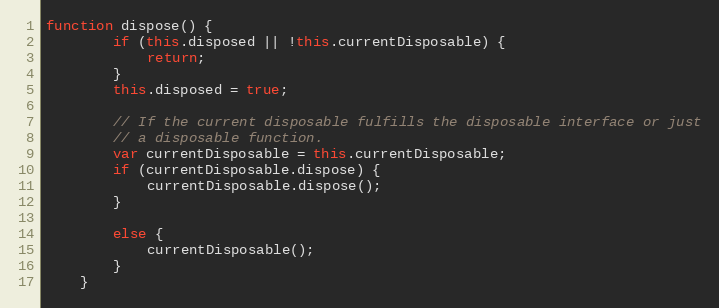
Language: JavaScript
function dispose() {
        if (this.disposed || !this.currentDisposable) {
            return;
        }
        this.disposed = true;

        // If the current disposable fulfills the disposable interface or just
        // a disposable function.
        var currentDisposable = this.currentDisposable;
        if (currentDisposable.dispose) {
            currentDisposable.dispose();
        }

        else {
            currentDisposable();
        }
    }